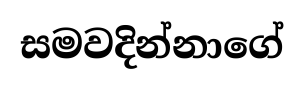
සමවදින්නාගේ